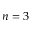
n = 3